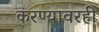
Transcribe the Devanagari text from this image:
करण्यावरही